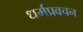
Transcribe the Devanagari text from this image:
धर्मप्रवचन